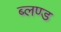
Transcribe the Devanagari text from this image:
ब्लण्ड